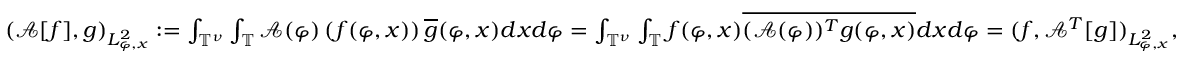
\begin{array} { r } { ( \mathcal { A } [ f ] , g ) _ { L _ { \varphi , x } ^ { 2 } } : = \int _ { \mathbb { T } ^ { \nu } } \int _ { \mathbb { T } } \mathcal { A } ( \varphi ) \left( f ( \varphi , x ) \right) \overline { { g } } ( \varphi , x ) d x d \varphi = \int _ { \mathbb { T } ^ { \nu } } \int _ { \mathbb { T } } f ( \varphi , x ) \overline { { ( \mathcal { A } ( \varphi ) ) ^ { T } g ( \varphi , x ) } } d x d \varphi = ( f , \mathcal { A } ^ { T } [ g ] ) _ { L _ { \varphi , x } ^ { 2 } } , } \end{array}